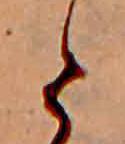
と